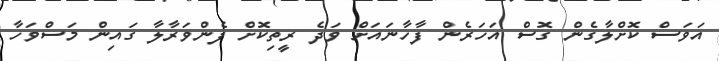
އަވަސް ކޮށްލާގެން ގޮސް އަހަރެން ފާހާނައަށް ވަދެ ރީތިކޮށް ފެންވަރާލާ ގައިން މަސްވަހާ